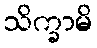
သိက္ခာမိ